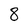
Character: 8